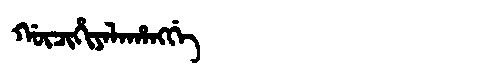
Manchu: ᡤᡡᠴᡳᡥᡳᠶᠠᠯᠠᡥᠠᠩᡤᡝ
Romanization: GŪCIHIYALAHANGGE